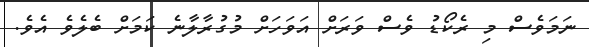
ނަމަވެސް މި ރެކޯޑު ވެސް ވަރަށް އަވަހަށް މުގުރާލާނެ ކަމަށް ބެލެވެ އެވެ.